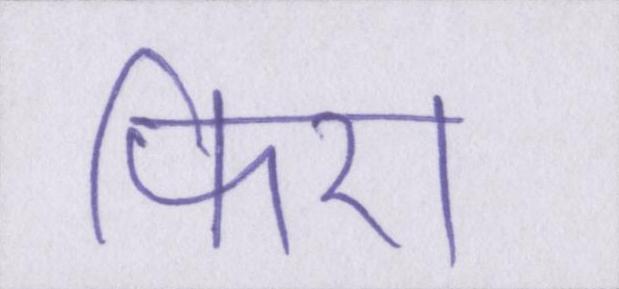
फिरा